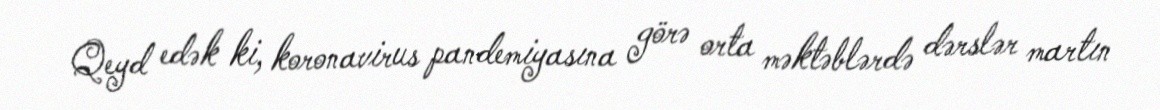
Qeyd edək ki, koronavirus pandemiyasına görə orta məktəblərdə dərslər martın